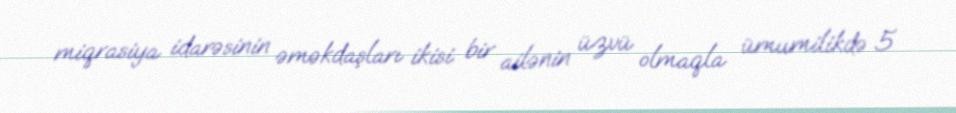
miqrasiya idarəsinin əməkdaşları ikisi bir ailənin üzvü olmaqla ümumilikdə 5